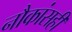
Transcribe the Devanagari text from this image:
नौकांसही